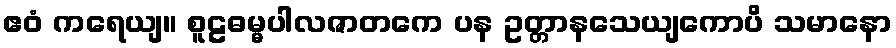
ဧဝံ ကရေယျ။ စူဠဓမ္မပါလဇာတကေ ပန ဥတ္တာနသေယျကောပိ သမာနော